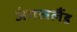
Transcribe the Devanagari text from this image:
जंगललैंड